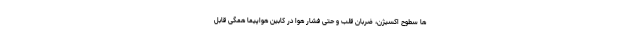
ها سطوح اکسیژن، ضربان قلب و حتی فشار هوا در کابین هواپیما همگی قابل